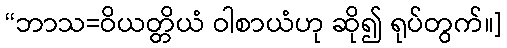
“ဘာသ=ဝိယတ္တိယံ ဝါစာယံဟု ဆို၍ ရုပ်တွက်။]